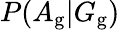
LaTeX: P(A_{\mathrm{g}}|G_{\mathrm{g}})